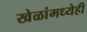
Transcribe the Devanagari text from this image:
खेळांमध्येही